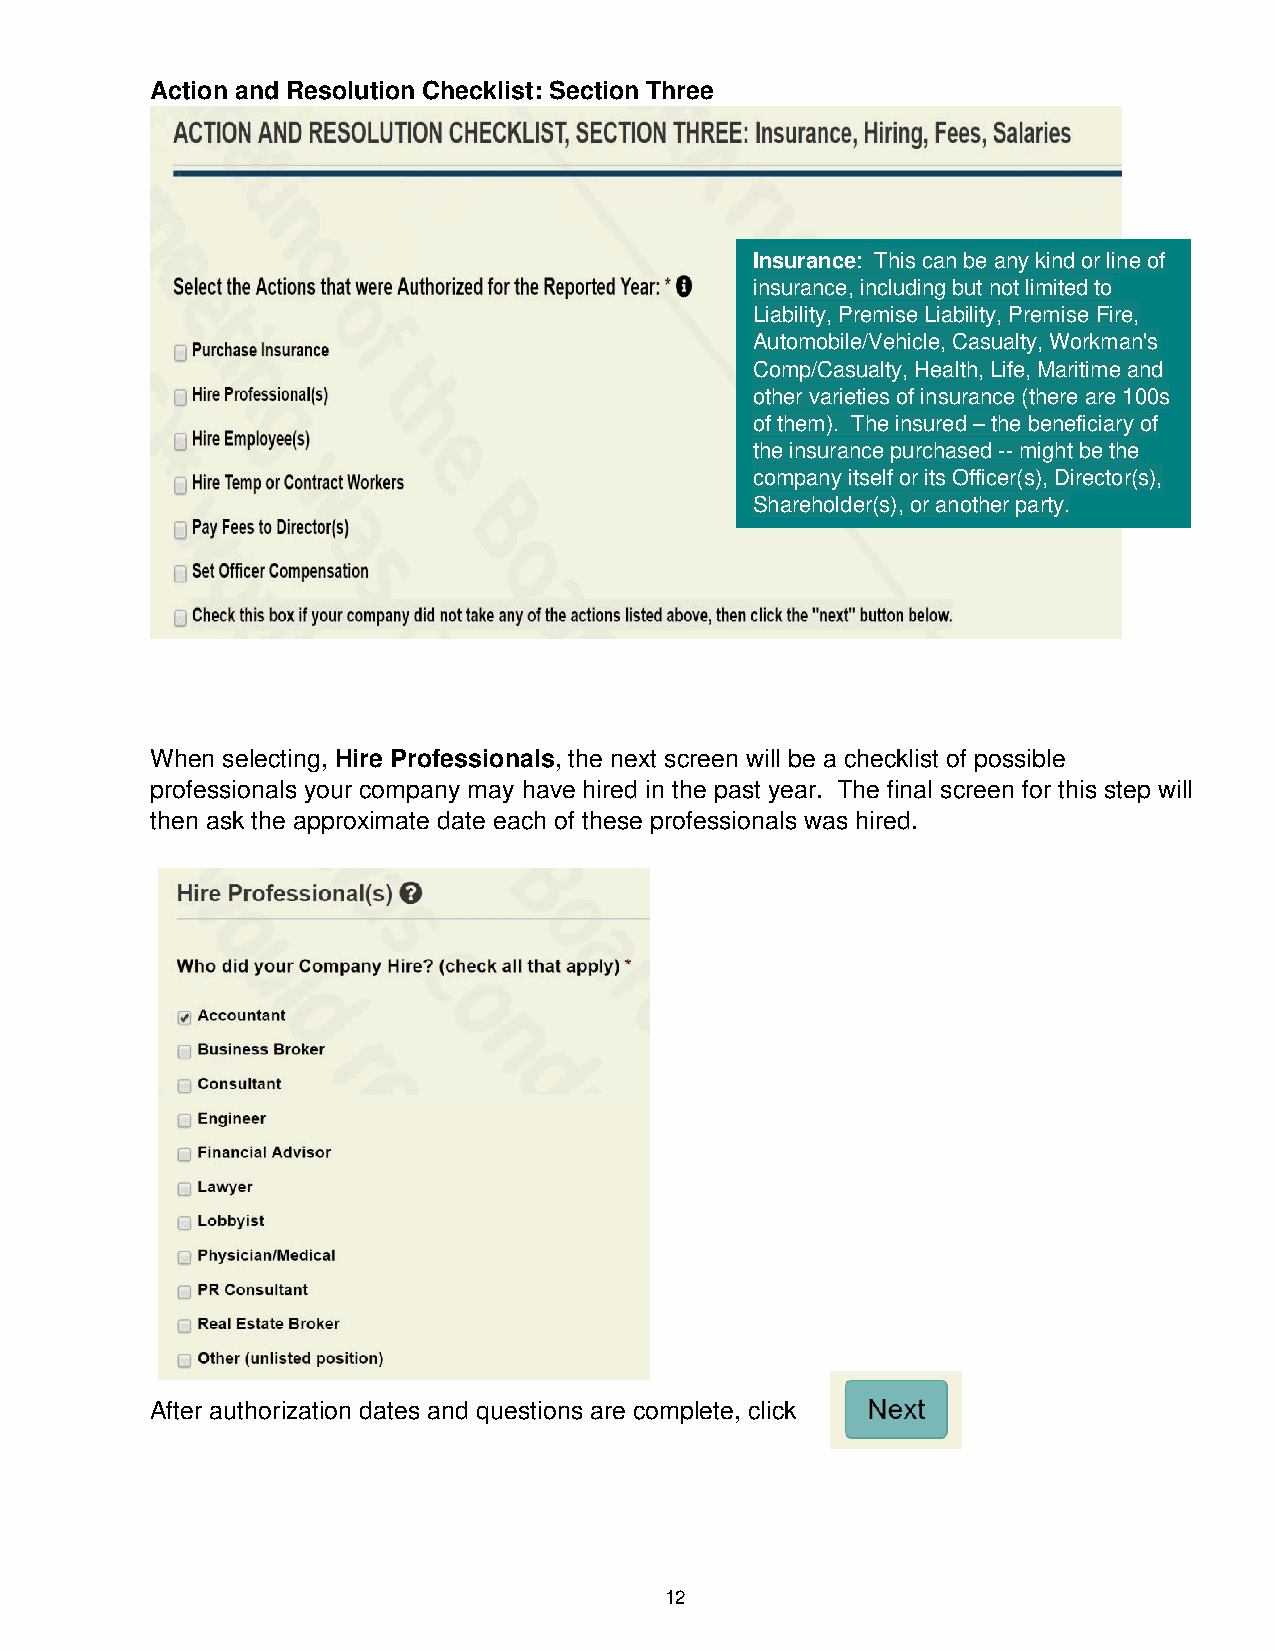
Action and Resolution Checklist: Section Three
 Insurance: This can be any kind or line of
 insurance, including but not limited to
 Liability, Premise Liability, Premise Fire,
 Automobile/Vehicle, Casualty, Workman's
 Comp/Casualty, Health, Life, Maritime and
 other varieties of insurance (there are 100s
 of them). The insured – the beneficiary of
 the insurance purchased -- might be the
 company itself or its Officer(s), Director( s),
 Shareholder(s), or another party.
 When selecting, Hire Professionals, the next screen will be a checklist of possible
 professionals your company may have hired in the past year. The final screen for this step will
 then ask the approximate date each of these professionals was hired.
 After authorization dates and questions are complete, click
 12